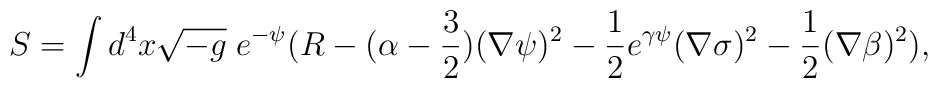
S=\int d^4 x\sqrt{-g}\; e^{-\psi}(R-(\alpha-\frac{3}{2})(\nabla\psi)^2-\frac{1}{2}e^{\gamma\psi}(\nabla\sigma)^2-\frac{1}{2}(\nabla\beta)^2),